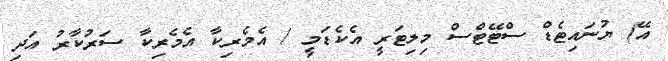
އޭ) ޔުނައިޓެޑް ސްޓޭޓްސް މިލިޓަރީ އެކެޑަމީ / އެމެރިކާ އެމެރިކާ ސަރުކާރު އަދި